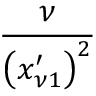
\frac { \nu } { \left( x _ { \nu 1 } ^ { \prime } \right) ^ { 2 } }